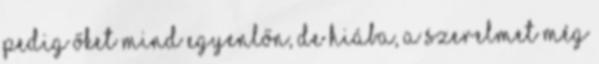
Pedig őket mind egyenlőn, De hiába, a szerelmet Még